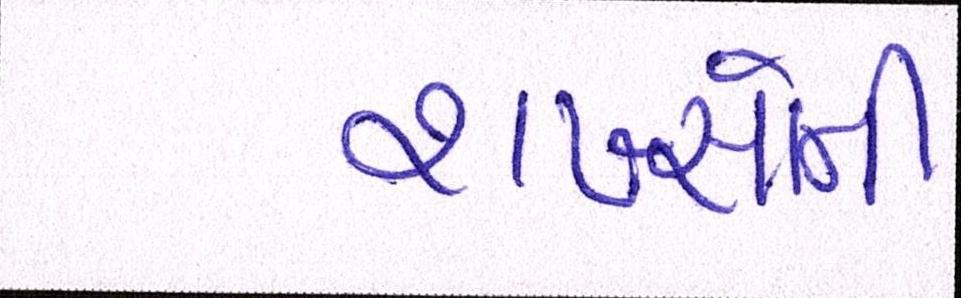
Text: શખ્સોની